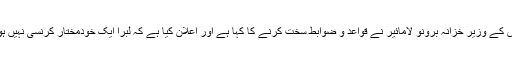
فرانس کے وزیر خزانہ برونو لامائیر نے قواعد و ضوابط سخت کرنے کا کہا ہے اور اعلان کیا ہے کہ لبرا ایک خودمختار کرنسی نہیں ہو گی۔